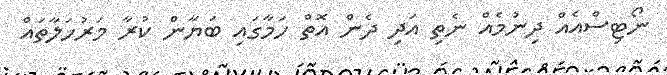
ނޯޓިސްއެއް ދިނުމެއް ނެތި އަދި ދެން އޮތް ހަމާގައި ބަޔާން ކުރާ މަރުހަލާތައް